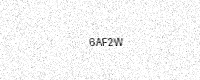
Text: 6AF2W